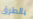
بالطرق